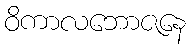
ဝိကာလဘောဇနေ